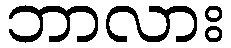
ဘာလား